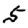
Digit: 5